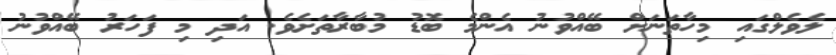
ލެވެލްގައި މިހާތަނަށް ބޭއްވުނު އެންމެ ބޮޑު މުބާރާތަށެވެ. އަދި މި ފަހަރު ބޭއްވުނު